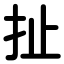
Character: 扯